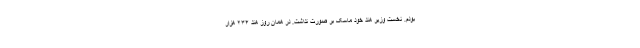
بودم. نخست وزیر هند خود ماسک بر صورت نداشت. در همان روز هند ۲۳۴ هزار